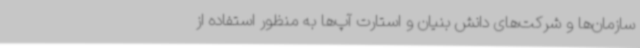
سازمان‌ها و شرکت‌های دانش بنیان و استارت آپ‌ها به منظور استفاده از